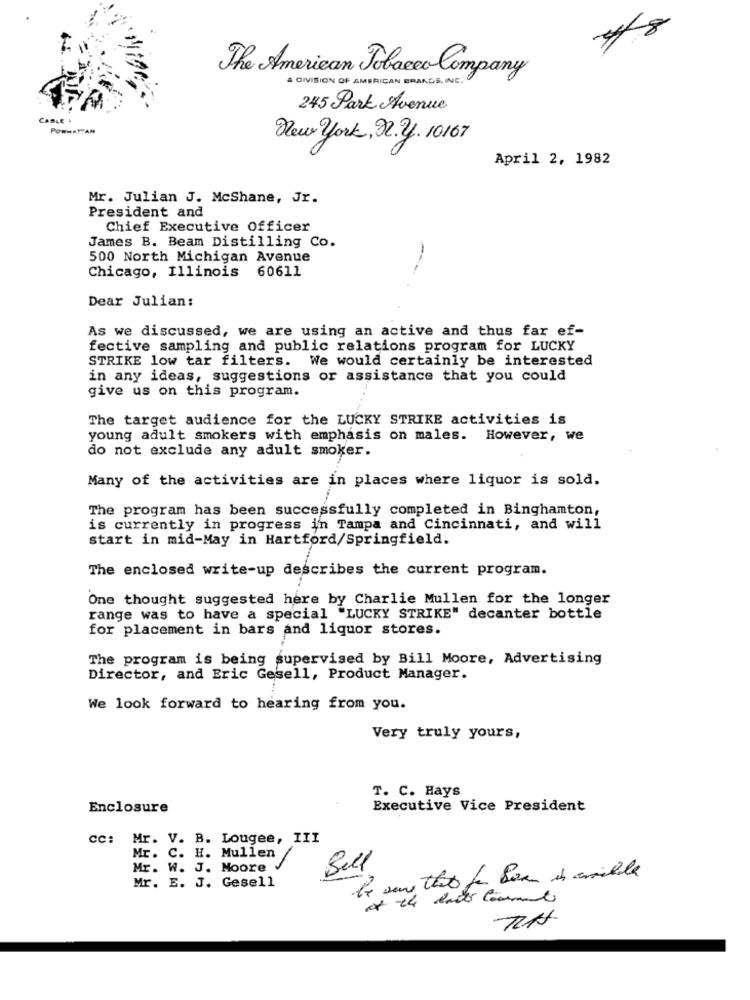
The American Tobacco Company
A DIVISION OF AMERICAN BRANDS INC .
245 Park Avenue
CABLE &
POWWATTAN
New york, 22.2. 10167
April 2, 1982
Mr. Julian J. McShane, Jr.
President and
Chief Executive Officer
James B. Beam Distilling Co.
500 North Michigan Avenue
Chicago, Illinois 60611
Dear Julian:
As we discussed, we are using an active and thus far ef-
fective sampling and public relations program for LUCKY
STRIKE low tar filters. We would certainly be interested
in any ideas, suggestions or assistance that you could
give us on this program.
The target audience for the LUCKY STRIKE activities is
young adult smokers with emphasis on males. However, we
do not exclude any adult smoker.
Many of the activities are in places where liquor is sold.
The program has been successfully completed in Binghamton,
is currently in progress in Tampa and Cincinnati, and will
start in mid-May in Hartford/Springfield.
The enclosed write-up describes the current program.
One thought suggested here by Charlie Mullen for the longer
range was to have a special "LUCKY STRIKE" decanter bottle
for placement in bars and liquor stores.
The program is being supervised by Bill Moore, Advertising
Director, and Eric Gesell, Product Manager.
We look forward to hearing from you.
Very truly yours,
T. C. Hays
Enclosure
Executive Vice President
cc: Mr. V. B. Lougee, III
Mr. C. H. Mullen /
Mr. W. J. Moore
Bull
Mr. E. J. Gesell